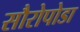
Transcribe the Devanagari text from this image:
सौरोपोडा